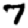
Digit: 7